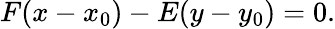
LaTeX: F(x-x_{0})-E(y-y_{0})=0.